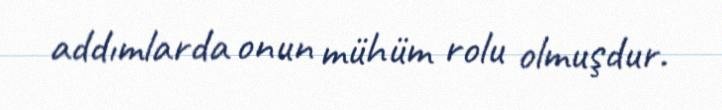
addımlarda onun mühüm rolu olmuşdur.